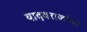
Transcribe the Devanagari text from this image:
यादवराजांचा